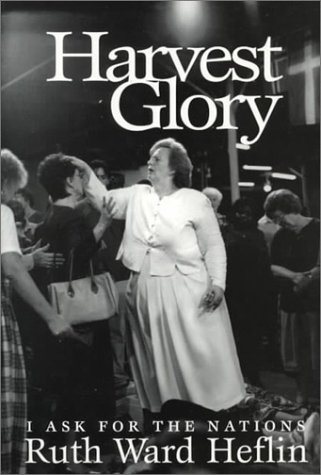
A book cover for Harvest Glory: I Ask for the Nations; Ruth Ward Heflin; Christian Books & Bibles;